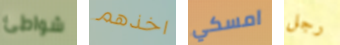
شواطئ اخذهم امسكي رجل